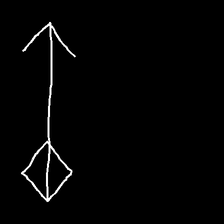
Glyph: focus